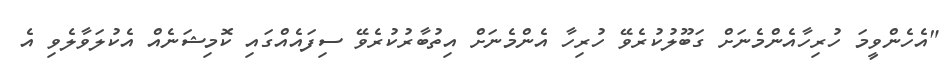
"އެހެންވީމަ ހުރިހާއެންމެނަށް ގަބޫލުކުރެވޭ ހުރިހާ އެންމެނަށް އިތުބާރުކުރެވޭ ސިފައެއްގައި ކޮމިޝަނެއް އެކުލަވާލެވި އެ